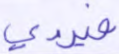
فيردي